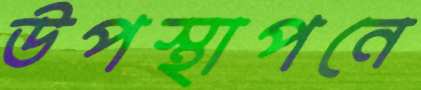
উপস্থাপনে